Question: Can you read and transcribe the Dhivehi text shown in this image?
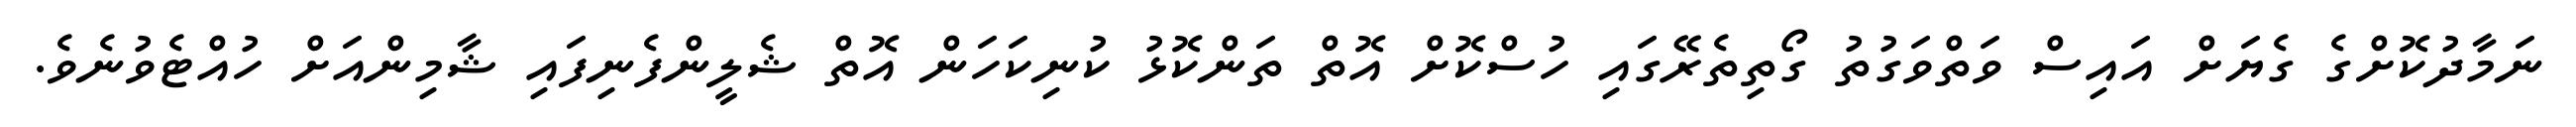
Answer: ނަމާދުކޮށްގެ ގެޔަށް އައިސް ވަތްވަގުތު ގޯތިތެރޭގައި ހުސްކޮށް އޮތް ތަންކޮޅު ކުނިކަހަން އޮތް ޝެލީންފެނިފައި ޝާމިންއަށް ހުއްޓެވުނެވެ.